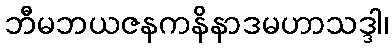
ဘီမဘယဇနကနိနာဒမဟာသဒ္ဒါ၊